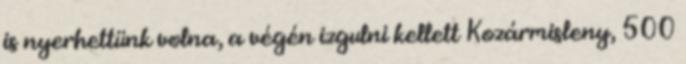
is nyerhettünk volna, a végén izgulni kellett Kozármisleny, 500